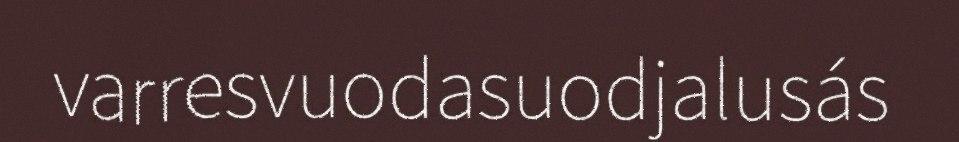
varresvuodasuodjalusás